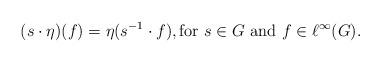
LaTeX: \begin{align*}(s \cdot \eta)(f) = \eta(s^{-1} \cdot f), \textrm{for $s \in G$ and $f \in \ell^\infty(G)$}.\end{align*}